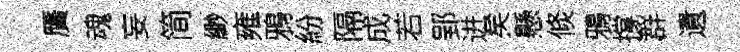
贋魂妄简緲雍鴉紛隔成若郢进矣懸倐鴉撐群遺